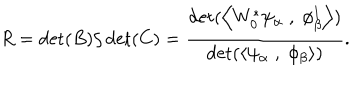
R = \det ( B ) / \det ( C ) = { \frac { \det ( \left< W _ { 0 } ^ { * } \psi _ { \alpha } \; , \; \phi _ { \beta } ^ { 1 } \right> ) } { \det ( \left< \psi _ { \alpha } \; , \; \phi _ { \beta } \right> ) } } .